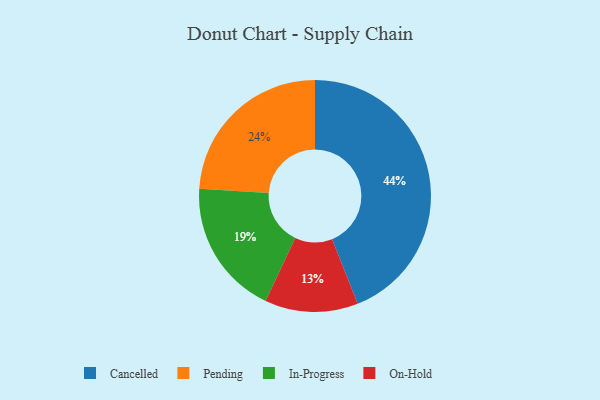
{"axis": {"x": "Category", "y": "Percentage"}, "legend": ["Cancelled", "In-Progress", "On-Hold", "Pending"], "data": [{"x": "On-Hold", "y": 13, "type": "On-Hold"}, {"x": "Pending", "y": 24, "type": "Pending"}, {"x": "Cancelled", "y": 44, "type": "Cancelled"}, {"x": "In-Progress", "y": 19, "type": "In-Progress"}]}